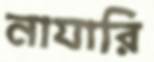
নাযারি